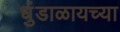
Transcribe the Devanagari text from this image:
धुंडाळायच्या